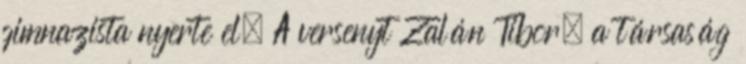
gimnazista nyerte el. A versenyt Zalán Tibor, a társaság